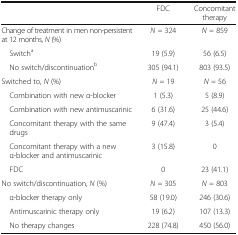
|  | FDC | Concomitant therapy |
 | --- | --- | --- |
 | Change of treatment in men non-persistent at 12 months, N (%) | N = 324 | N = 859 |
 | Switcha | 19 (5.9) | 56 (6.5) |
 | No switch/discontinuationb | 305 (94.1) | 803 (93.5) |
 | Switched to, N (%) | N = 19 | N = 56 |
 | Combination with new α-blocker | 1 (5.3) | 5 (8.9) |
 | Combination with new antimuscarinic | 6 (31.6) | 25 (44.6) |
 | Concomitant therapy with the same drugs | 9 (47.4) | 3 (5.4) |
 | Concomitant therapy with a new α-blocker and antimuscarinic | 3 (15.8) | 0 |
 | FDC | 0 | 23 (41.1) |
 | No switch/discontinuation, N (%) | N = 305 | N = 803 |
 | α-blocker therapy only | 58 (19.0) | 246 (30.6) |
 | Antimuscarinic therapy only | 19 (6.2) | 107 (13.3) |
 | No therapy changes | 228 (74.8) | 450 (56.0) |